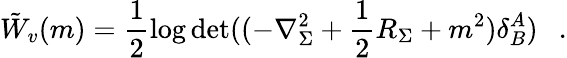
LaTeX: \tilde{W}_{v}(m)=\frac 12\log\operatorname*{det}((-\nabla_{\Sigma}^{2}+\frac 12R_{\Sigma}+m^{2})\delta_{B}^{A})~~~.